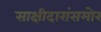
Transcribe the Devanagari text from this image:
साक्षीदारांसमोर